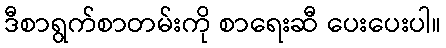
ဒီစာရွက်စာတမ်းကို စာရေးဆီ ပေးပေးပါ။